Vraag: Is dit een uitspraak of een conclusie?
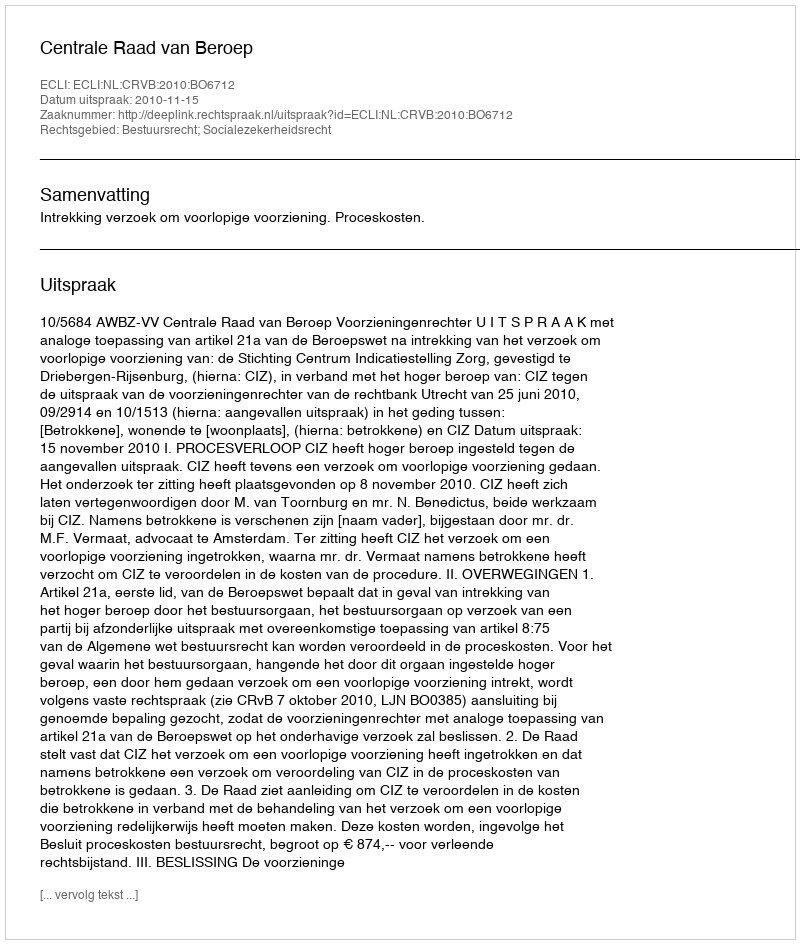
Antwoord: Uitspraak